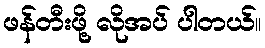
ဖန်တီးဖို့ လိုအပ် ပါတယ်။